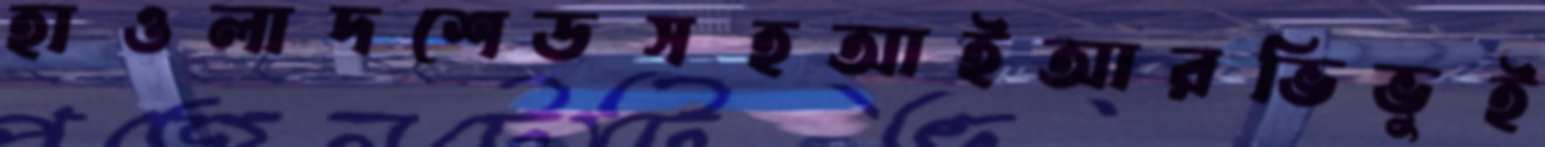
হাওলাদশেডসহআইআরভিভুই